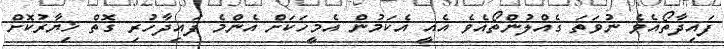
ފައިދާތޯއެވެ ނުވަތަ ގެއްލުންތޯއެވެ އެއީ އެކަމުން އެމީހަކަށް އެންމެ ފައިދާހުރި ގޮތް ޚިޔާރުކޮށް